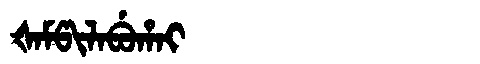
Manchu: ᡧᠠᠮᡦᡳᠯᠠᠪᡠᡥᠠᡳ
Romanization: ŠAMPILABUHAI